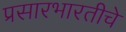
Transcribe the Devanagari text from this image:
प्रसारभारतीचे